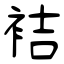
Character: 袺